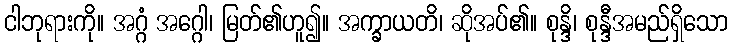
ငါဘုရားကို။ အဂ္ဂံ အဂ္ဂေါ၊ မြတ်၏ဟူ၍။ အက္ခာယတိ၊ ဆိုအပ်၏။ စုန္ဒိ၊ စုန္ဒီအမည်ရှိသော